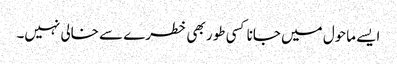
ایسے ماحول میں جانا کسی طور بھی خطرے سے خالی نہیں۔